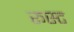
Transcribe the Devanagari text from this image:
रूस्ट